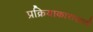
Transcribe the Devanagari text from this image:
प्रक्रियाकारासाठी